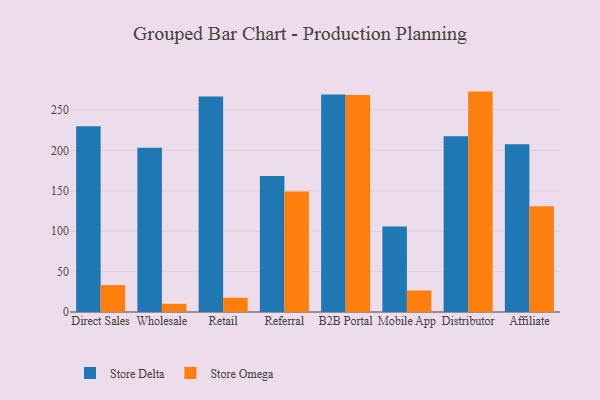
{"axis": {"x": "Channel", "y": "Energy Usage (MWh)"}, "legend": ["Store Delta", "Store Omega"], "data": [{"x": "Direct Sales", "y": 229.8, "type": "Store Delta"}, {"x": "Direct Sales", "y": 33.3, "type": "Store Omega"}, {"x": "Wholesale", "y": 203.4, "type": "Store Delta"}, {"x": "Wholesale", "y": 10.1, "type": "Store Omega"}, {"x": "Retail", "y": 266.8, "type": "Store Delta"}, {"x": "Retail", "y": 17.6, "type": "Store Omega"}, {"x": "Referral", "y": 168.4, "type": "Store Delta"}, {"x": "Referral", "y": 149.3, "type": "Store Omega"}, {"x": "B2B Portal", "y": 269.1, "type": "Store Delta"}, {"x": "B2B Portal", "y": 268.7, "type": "Store Omega"}, {"x": "Mobile App", "y": 105.9, "type": "Store Delta"}, {"x": "Mobile App", "y": 26.6, "type": "Store Omega"}, {"x": "Distributor", "y": 217.4, "type": "Store Delta"}, {"x": "Distributor", "y": 272.8, "type": "Store Omega"}, {"x": "Affiliate", "y": 207.6, "type": "Store Delta"}, {"x": "Affiliate", "y": 130.9, "type": "Store Omega"}]}